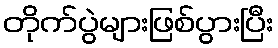
တိုက်ပွဲများဖြစ်ပွားပြီး